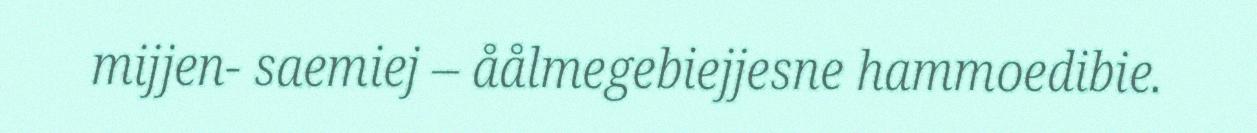
mijjen- saemiej – åålmegebiejjesne hammoedibie.